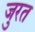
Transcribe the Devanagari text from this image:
जुरत